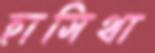
হাসিথা